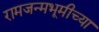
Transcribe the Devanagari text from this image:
रामजन्मभूमीच्या